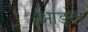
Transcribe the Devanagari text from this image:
आङ्ल